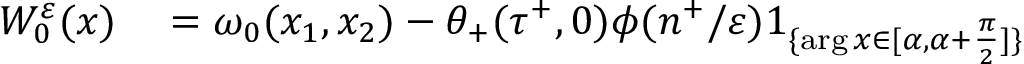
\begin{array} { r l } { W _ { 0 } ^ { \varepsilon } ( x ) } & { { } = \omega _ { 0 } ( x _ { 1 } , x _ { 2 } ) - \theta _ { + } ( \tau ^ { + } , 0 ) \phi ( n ^ { + } / \varepsilon ) 1 _ { \{ \arg x \in [ \alpha , \alpha + \frac { \pi } { 2 } ] \} } } \end{array}